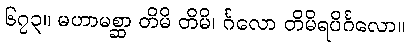
၆၇၃။ မဟာမစ္ဆာ တိမိ တိမိ၊ င်္ဂလော တိမိရပိင်္ဂလော။